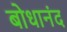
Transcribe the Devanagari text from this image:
बोधानंद